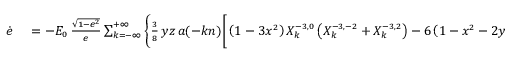
\small \begin{array} { r l } { \dot { e } } & { { } = - { \cal E } _ { 0 } \, \frac { \sqrt { 1 - e ^ { 2 } } } { e } \sum _ { k = - \infty } ^ { + \infty } \Bigg \{ \frac 3 8 \, y z \, a ( - k n ) \bigg [ \left( 1 - 3 x ^ { 2 } \right) X _ { k } ^ { - 3 , 0 } \left( X _ { k } ^ { - 3 , - 2 } + X _ { k } ^ { - 3 , 2 } \right) - 6 \left( 1 - x ^ { 2 } - 2 y ^ { 2 } \right) X _ { k } ^ { - 3 , 2 } X _ { k } ^ { - 3 , - 2 } \bigg ] } \end{array}